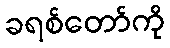
ခရစ်တော်ကို